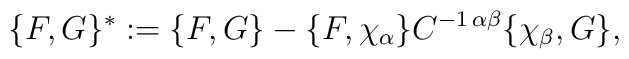
\{ F,G \}^{*} := \{ F,G \} - \{ F,\chi_{\alpha} \}   C^{-1 \, \alpha \beta} \{ \chi_{\beta},G \},